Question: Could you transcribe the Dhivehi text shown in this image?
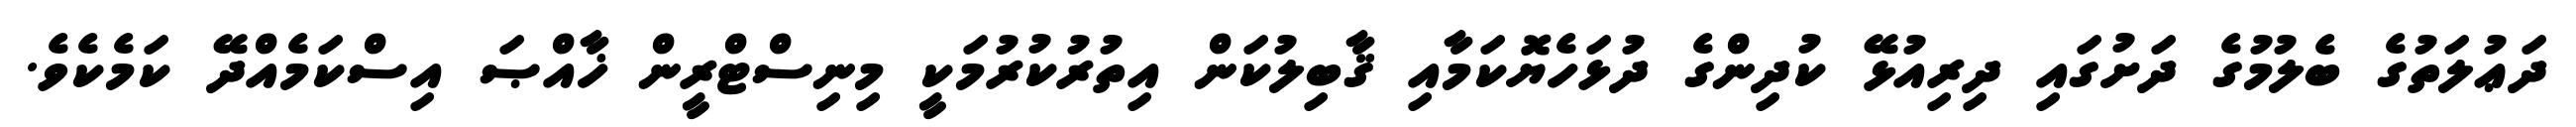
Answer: ދަޢުލަތުގެ ބެލުމުގެ ދަށުގައި ދިރިއުޅޭ ކުދިންގެ ދުޅަހެޔޮކަމާއި ޤާބިލުކަން އިތުރުކުރުމަކީ މިނިސްޓްރީން ޚާއްޞަ އިސްކަމެއްދޭ ކަމެކެވެ.